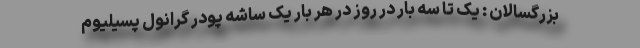
بزرگسالان : یک تا سه بار در روز در هر بار یک ساشه پودر گرانول پسیلیوم